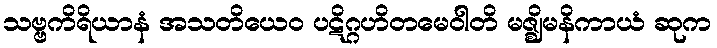
သဗ္ဗကိရိယာနံ အသတိယေဝ ပဋိဂ္ဂဟိတမေဝါတိ မဇ္ဈိမနိကာယံ ဆုက